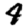
Digit: 4